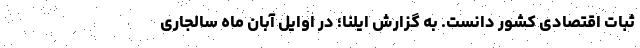
ثبات اقتصادی کشور دانست. به گزارش ایلنا؛ در اوایل آبان ماه سالجاری